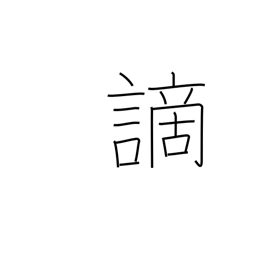
Meaning: crime